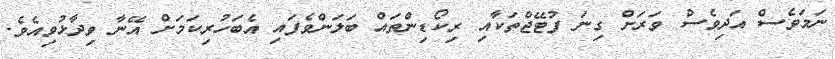
ނަމަވެސް އަދިވެސް ވަރަށް ގިނަ ފުޓޭޖްތަކާއި ރިކޯޑިންތައް ބަލަންވެފައި އެބަހުރިކަމަށް އޭނާ ވިދާޅުވިއެވެ.